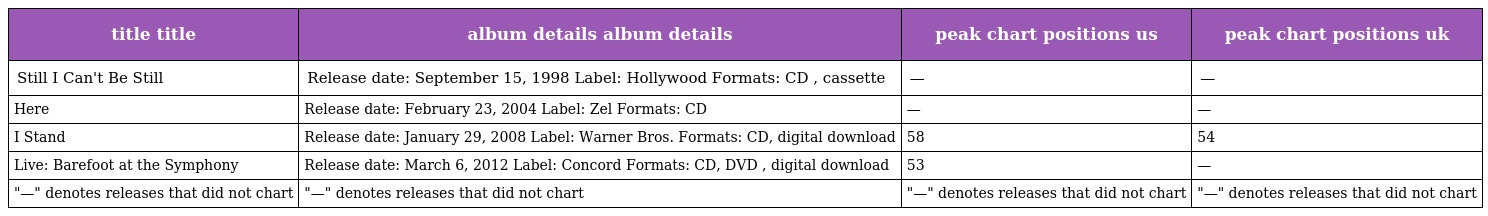
| title title | album details album details | peak chart positions us | peak chart positions uk |
 | --- | --- | --- | --- |
 | Still I Can't Be Still | Release date: September 15, 1998 Label: Hollywood Formats: CD , cassette | — | — |
 | Here | Release date: February 23, 2004 Label: Zel Formats: CD | — | — |
 | I Stand | Release date: January 29, 2008 Label: Warner Bros. Formats: CD, digital download | 58 | 54 |
 | Live: Barefoot at the Symphony | Release date: March 6, 2012 Label: Concord Formats: CD, DVD , digital download | 53 | — |
 | "—" denotes releases that did not chart | "—" denotes releases that did not chart | "—" denotes releases that did not chart | "—" denotes releases that did not chart |